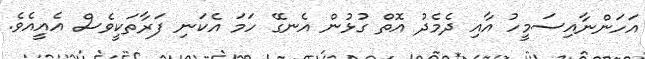
އަހަންނާއިސަމީހު އާއި ދެމެދު އޮތް ގުޅުން އެނގޭ ހަމަ އެކަނި ފަރާތަކީވެސް އެއީއެވެ.